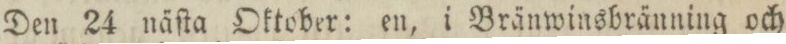
Den 24 näſta Oktober: en, i Bränwinsbränning och